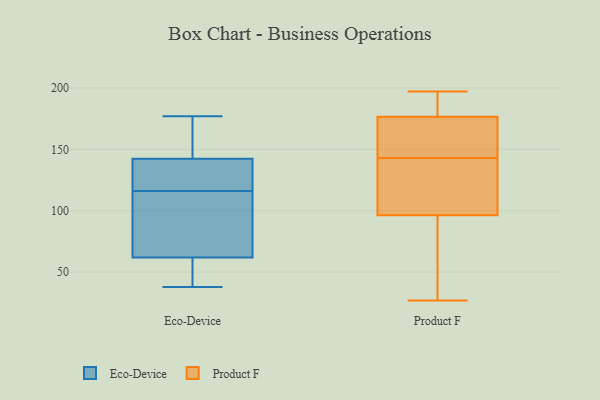
{"axis": {"x": "Inventory Turnover", "y": "Value"}, "legend": ["Eco-Device", "Product F"], "data": [{"x": "", "y": 38, "type": "Eco-Device"}, {"x": "", "y": 153, "type": "Eco-Device"}, {"x": "", "y": 119, "type": "Eco-Device"}, {"x": "", "y": 116, "type": "Eco-Device"}, {"x": "", "y": 41, "type": "Eco-Device"}, {"x": "", "y": 114, "type": "Eco-Device"}, {"x": "", "y": 61, "type": "Eco-Device"}, {"x": "", "y": 143, "type": "Eco-Device"}, {"x": "", "y": 140, "type": "Eco-Device"}, {"x": "", "y": 65, "type": "Eco-Device"}, {"x": "", "y": 177, "type": "Eco-Device"}, {"x": "", "y": 195, "type": "Product F"}, {"x": "", "y": 92, "type": "Product F"}, {"x": "", "y": 109, "type": "Product F"}, {"x": "", "y": 155, "type": "Product F"}, {"x": "", "y": 160, "type": "Product F"}, {"x": "", "y": 142, "type": "Product F"}, {"x": "", "y": 197, "type": "Product F"}, {"x": "", "y": 182, "type": "Product F"}, {"x": "", "y": 27, "type": "Product F"}, {"x": "", "y": 30, "type": "Product F"}, {"x": "", "y": 143, "type": "Product F"}]}